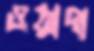
ওয়াদা